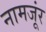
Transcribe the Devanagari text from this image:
नामजूंर